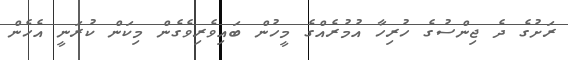
ރަށުގެ ދެ ޖިންސުގެ ހުރިހާ އުމުރެއްގެ މީހުން ބައިވެރިވެގެން މިކަން ކުރަނީ އެހެން